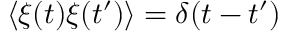
\langle \xi ( t ) \xi ( t ^ { \prime } ) \rangle = \delta ( t - t ^ { \prime } )